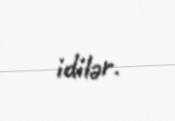
idilər.